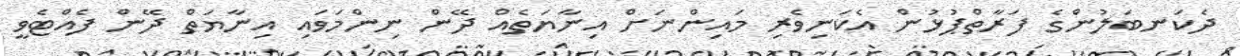
ދެކަނބަލުންގެ ފަރާތްޕުޅުން އެކަނިވެރި މައިންނަށް އިނާޔަތެއް ދޭން ނިންމަވައި އިނާޔަތް ދޭން ފެއްޓެވީ